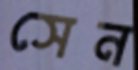
সেন